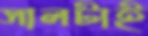
সালটাই